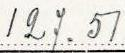
127.51